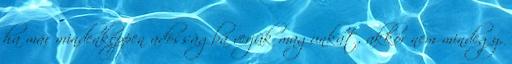
ha már mindenképpen adósságba verjük magunkat, akkor nem mindegy,